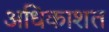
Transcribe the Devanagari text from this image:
अधिकाशत